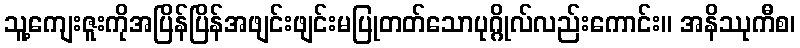
သူ့ကျေးဇူးကိုအပြိန်ပြိန်အဖျင်းဖျင်းမပြုတတ်သောပုဂ္ဂိုလ်လည်းကောင်း။ အနိဿုကီစ၊